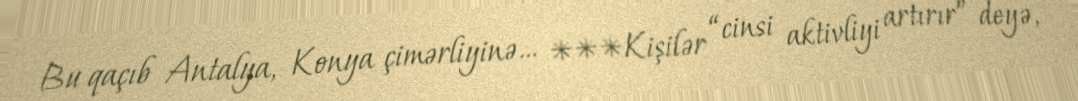
Bu qaçıb Antalya, Konya çimərliyinə… ***Kişilər “cinsi aktivliyi artırır” deyə,